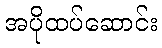
အပိုထပ်ဆောင်း